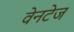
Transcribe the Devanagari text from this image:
वेनटेज